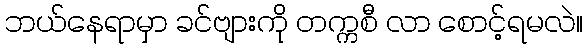
ဘယ်နေရာမှာ ခင်ဗျားကို တက္ကစီ လာ စောင့်ရမလဲ။